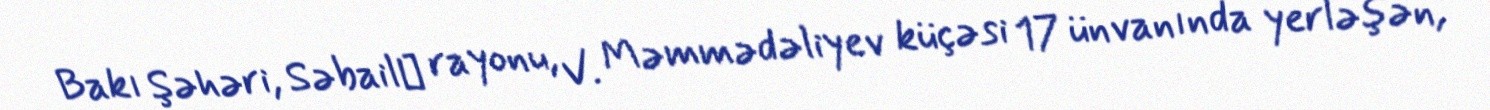
Bakı Şəhəri, Səbail‎ rayonu, V. Məmmədəliyev küçəsi 17 ünvanında yerləşən,